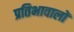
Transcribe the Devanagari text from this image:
प्रतिभावालों